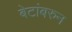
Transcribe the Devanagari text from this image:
बेटांबरुन